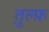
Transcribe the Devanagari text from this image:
तुल्फ़